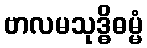
ဗာလမသုဒ္ဓိဓမ္မံ